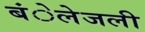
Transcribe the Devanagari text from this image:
बंेलेजली